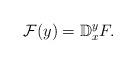
LaTeX: \begin{align*}\mathcal F(y)=\mathbb D_{x}^{y}F.\end{align*}